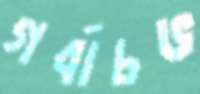
গর্বাচভ